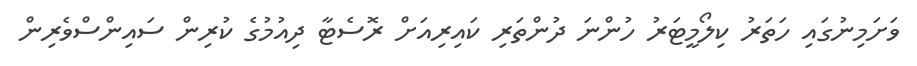
ވަށަމިނުގައި ހަތަރު ކިލޯމީޓަރު ހުންނަ ދުންތަރި ކައިރިއަށް ރޮސެޓާ ދިއުމުގެ ކުރިން ސައިންސްވެރިން